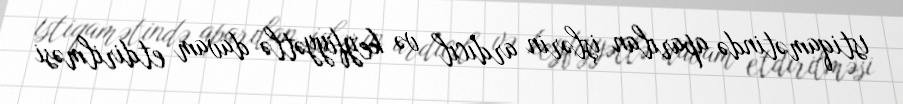
istiqamətində aparılan işlərin ardıcıl və keyfiyyətlə davam etdirilməsi